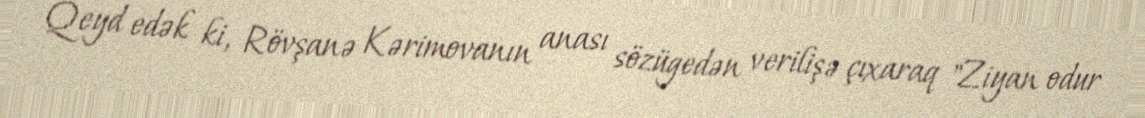
Qeyd edək ki, Rövşanə Kərimovanın anası sözügedən verilişə çıxaraq "Ziyan odur